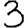
Digit: 3